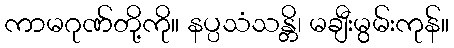
ကာမဂုဏ်တို့ကို။ နပ္ပသံသန္တိ၊ မချီးမွမ်းကုန်။